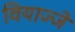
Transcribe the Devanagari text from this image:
वियाज्जे